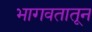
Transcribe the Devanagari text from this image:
भागवतातून